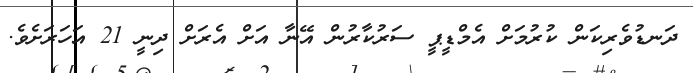
ދަނޑުވެރިކަން ކުރުމަށް އެމްޑީޕީ ސަރުކާރުން އޭނާ އަށް އެރަށް ދިނީ 21 އަހަރަށެވެ.